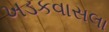
ખડકવાસલા